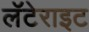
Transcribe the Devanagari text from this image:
लॅटेराइट